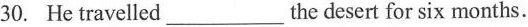
30. He travelled ___ the desert for six months.